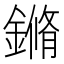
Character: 鏅